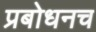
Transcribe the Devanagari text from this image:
प्रबोधनच